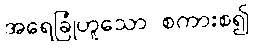
အရေခြုံဟူသော စကားစ၍